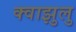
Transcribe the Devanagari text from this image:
क्वाझुलु